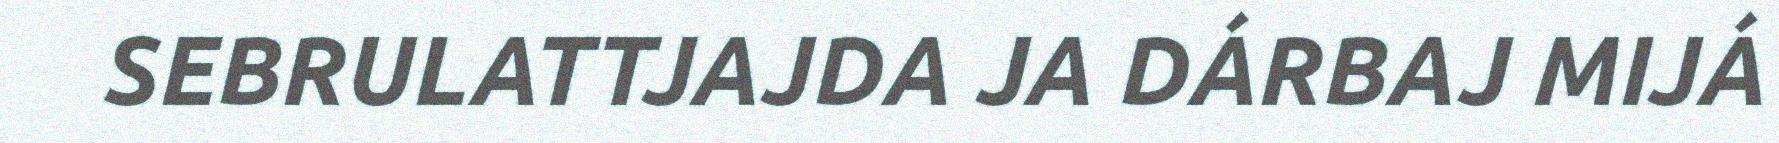
SEBRULATTJAJDA JA DÁRBAJ MIJÁ